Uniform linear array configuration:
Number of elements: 16
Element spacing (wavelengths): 0.25
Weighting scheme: uniform
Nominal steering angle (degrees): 0
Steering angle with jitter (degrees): -0.5187
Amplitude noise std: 0.05
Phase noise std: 0.05

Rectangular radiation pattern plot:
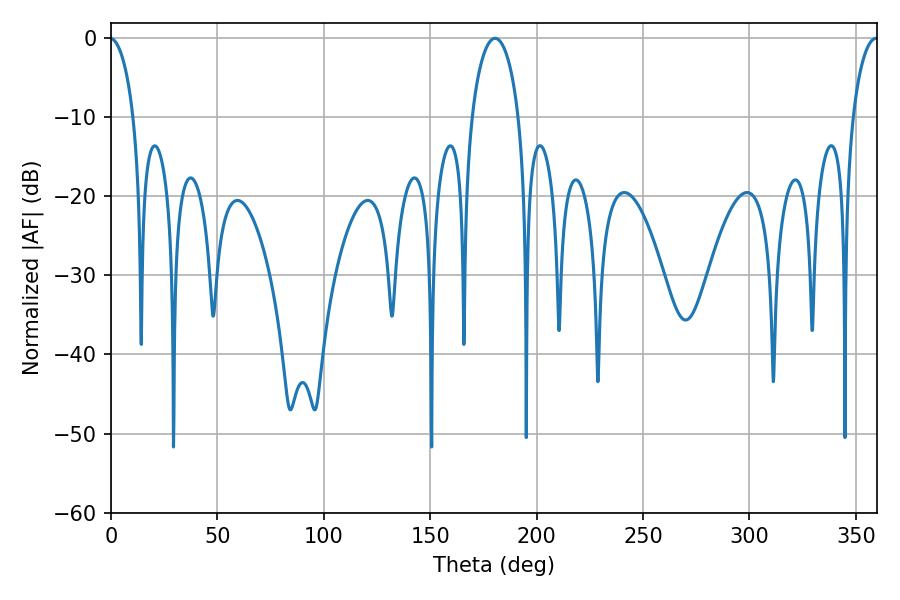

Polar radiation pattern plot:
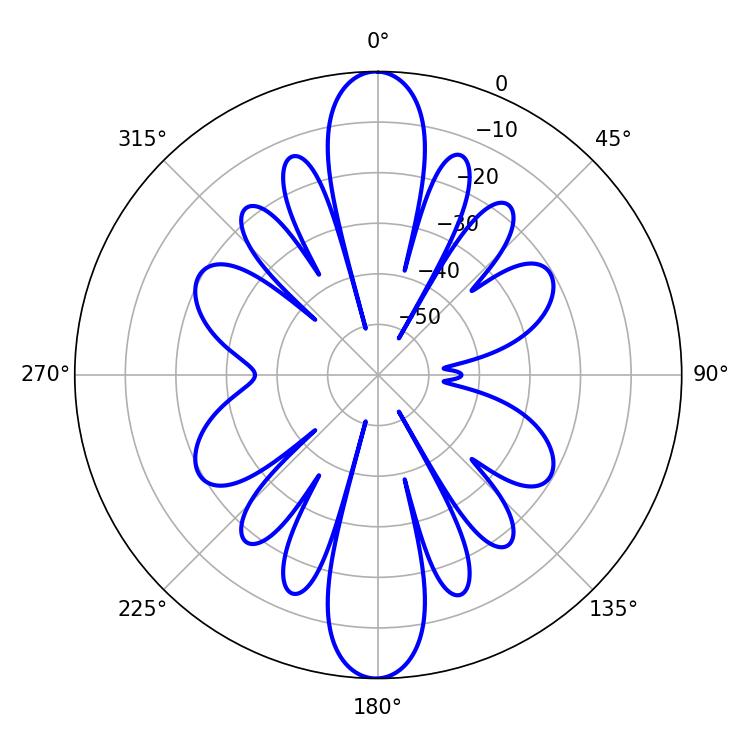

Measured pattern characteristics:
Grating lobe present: FALSE
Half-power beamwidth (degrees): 6.84
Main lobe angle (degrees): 359.46